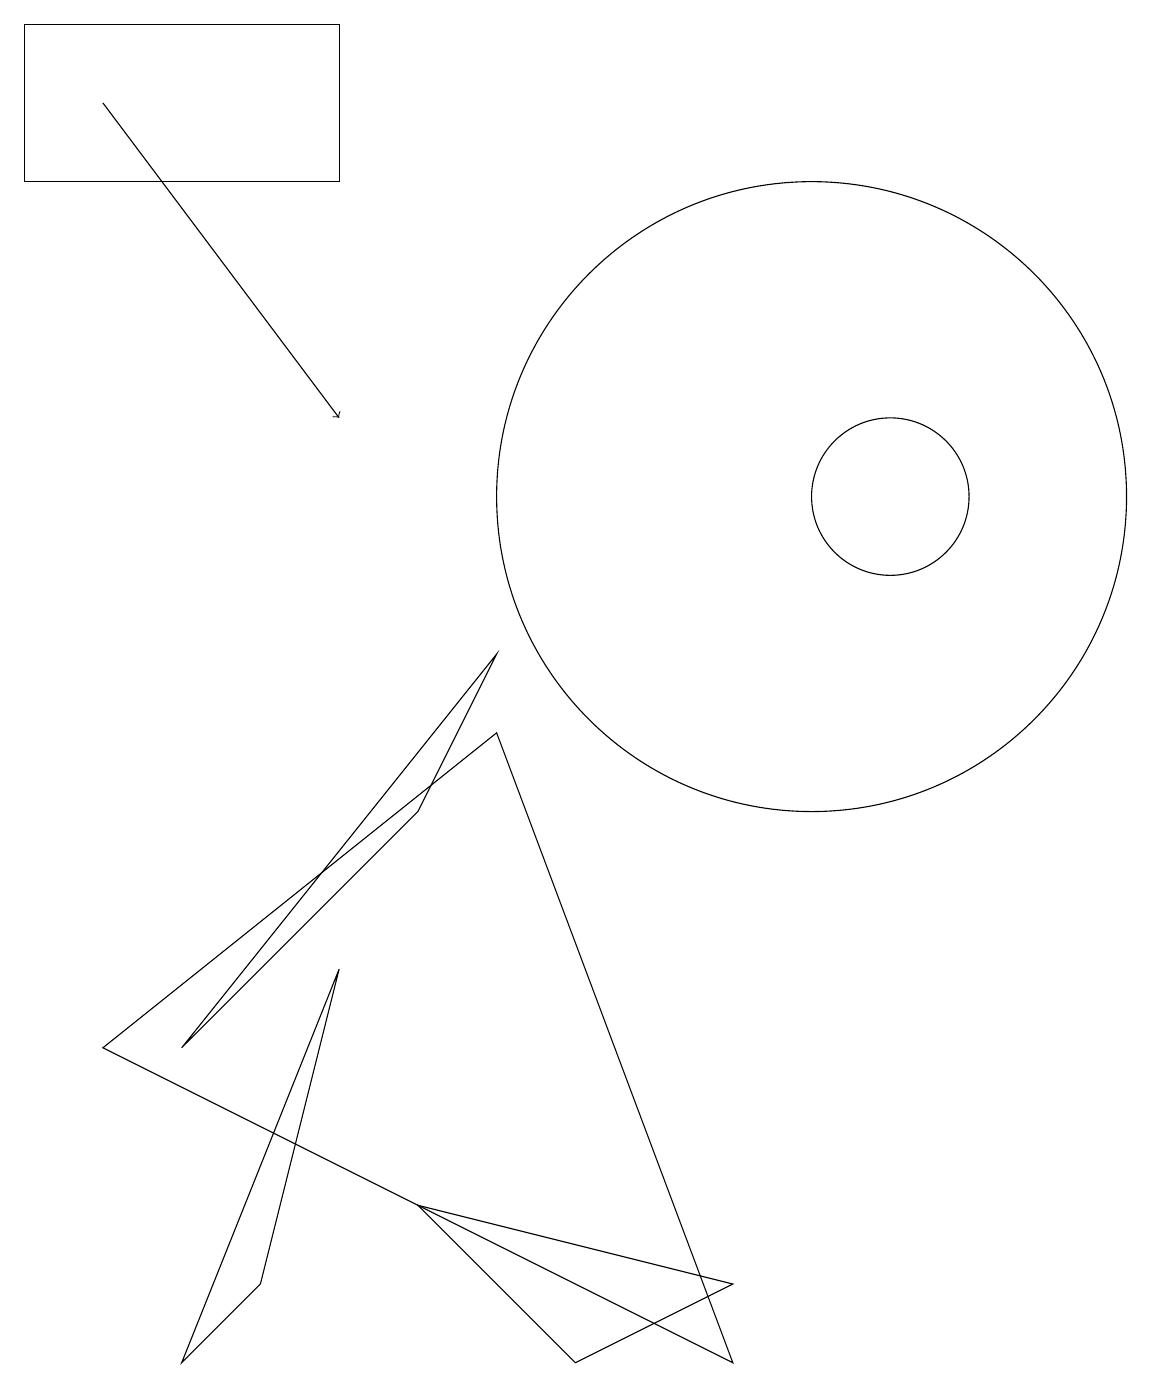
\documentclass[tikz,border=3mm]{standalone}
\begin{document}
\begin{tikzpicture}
\draw (10,11) circle (4);
\draw (9,0) -- (6,8) -- (1,4) -- cycle;
\draw (11,11) circle (1);
\draw[->] (1,16) -- (4,12);
\draw (2,0) -- (3,1) -- (4,5) -- cycle;
\draw (0,15) rectangle (4,17);
\draw (9,1) -- (7,0) -- (5,2) -- cycle;
\draw (5,7) -- (2,4) -- (6,9) -- cycle;
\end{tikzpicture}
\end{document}